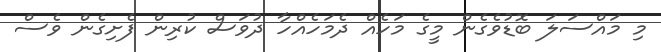
މި މައްސަލަ ބޮޑުވެގެން މީގެ މަހެއް ދެމަހެއްހާ ދުވަސް ކުރިން ފެށިގެން ވެސް